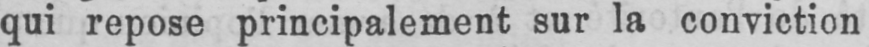
qui repose principalement sur la conviction